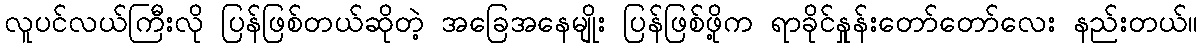
လူပင်လယ်ကြီးလို ပြန်ဖြစ်တယ်ဆိုတဲ့ အခြေအနေမျိုး ပြန်ဖြစ်ဖို့က ရာခိုင်နှုန်းတော်တော်လေး နည်းတယ်။